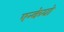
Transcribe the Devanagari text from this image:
एन्केयो